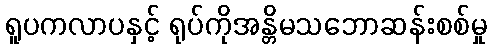
ရူပကလာပနှင့် ရုပ်ကိုအန္တိမသဘောဆန်းစစ်မှု